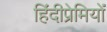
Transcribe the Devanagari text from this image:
हिंदीप्रेमियों